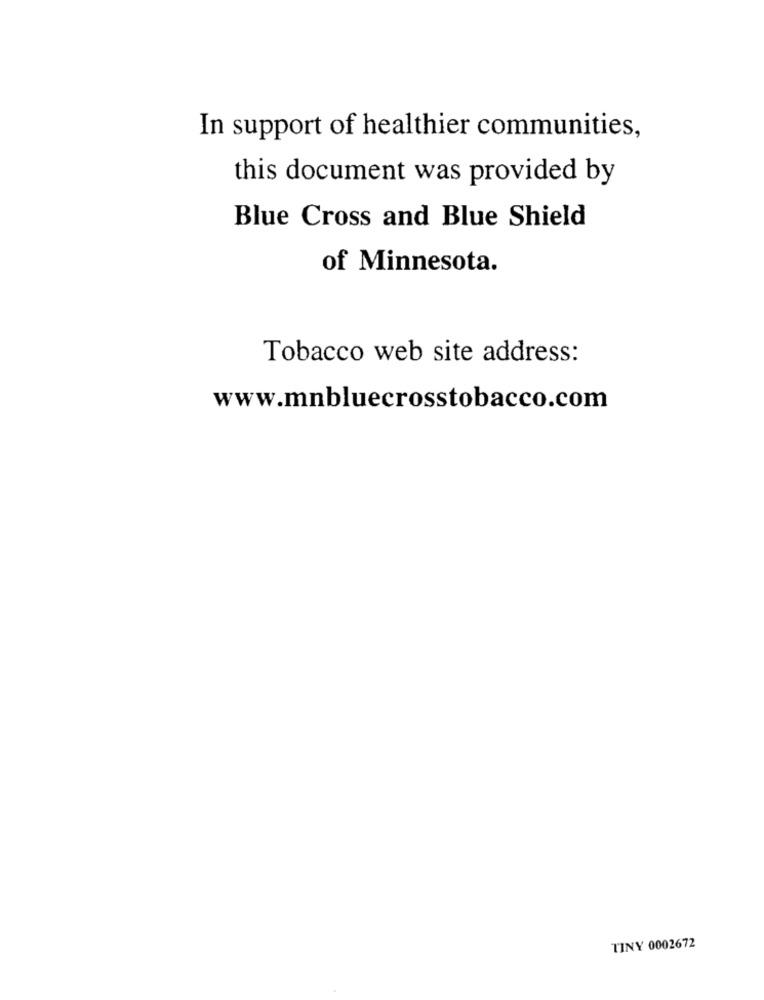
In support of healthier communities,
this document was provided by
Blue Cross and Blue Shield
of Minnesota.
Tobacco web site address:
www.mnbluecrosstobacco.com
TINY 0002672